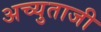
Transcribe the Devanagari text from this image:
अच्युताजी